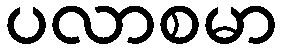
ပလာစမာ